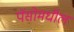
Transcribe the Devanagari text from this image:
पॅसोमधील